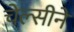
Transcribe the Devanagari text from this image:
चेल्सीने